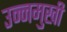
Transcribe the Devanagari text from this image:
उन्‍नमुखी